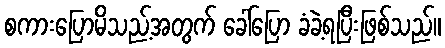
စကားပြောမိသည့်အတွက် ခေါ်ပြော ခံခဲ့ရပြီးဖြစ်သည်။